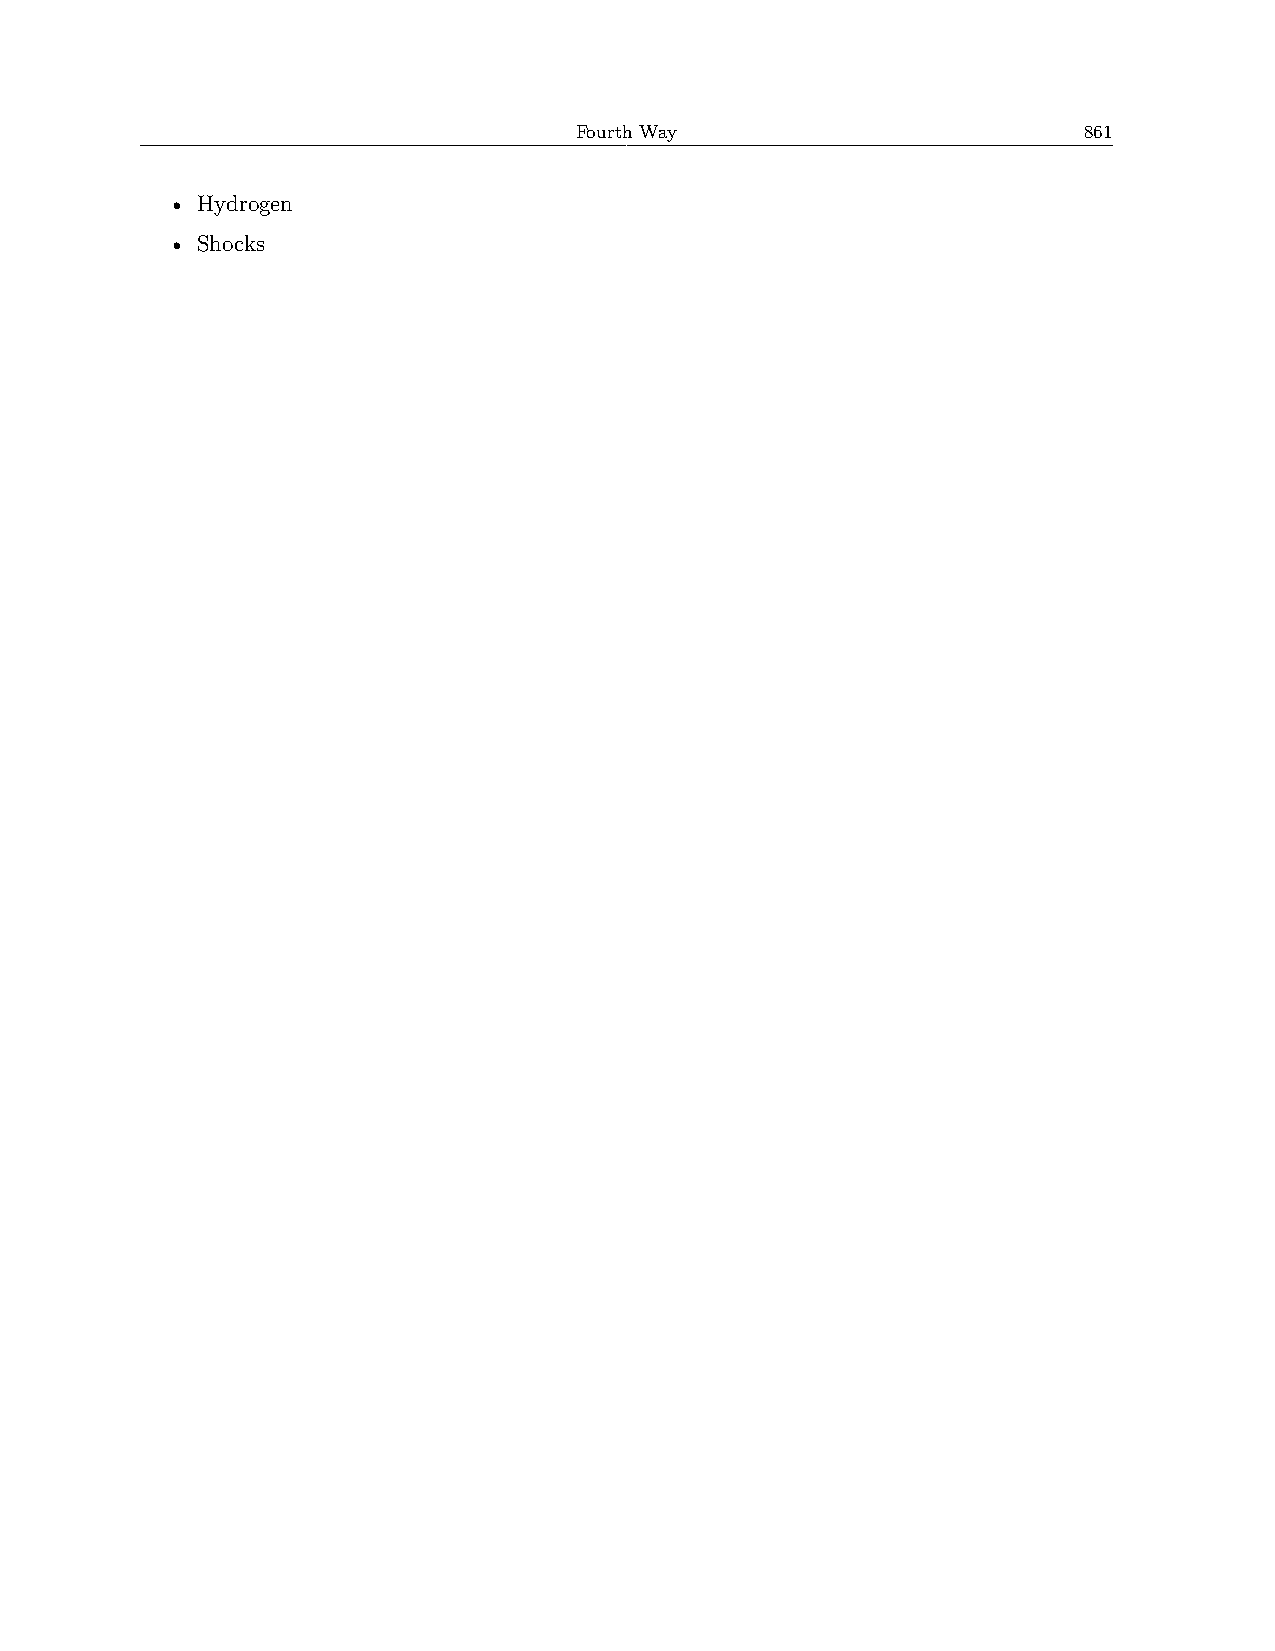
Fourth Way                        861
 • Hydrogen
 • Shocks